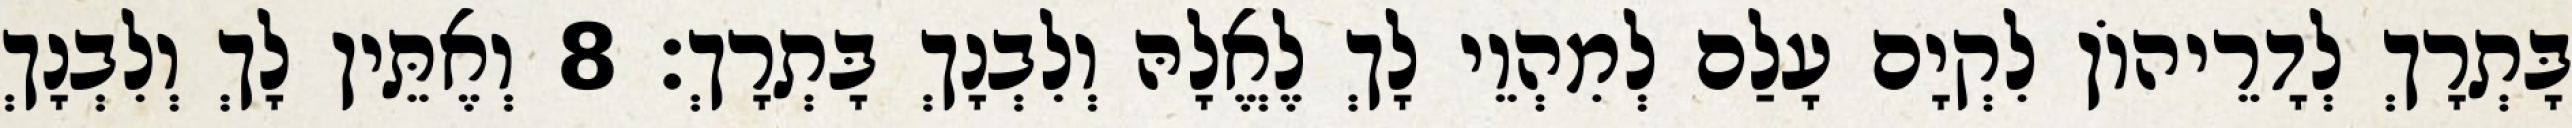
בָּתְרָךְ לְדָרֵיהוֹן לִקְיָם עָלַם לְמִהְוֵי לָךְ לֶאֱלָהּ וְלִבְנָךְ בָּתְרָךְ׃ 8 וְאֶתֵּין לָךְ וְלִבְנָךְ